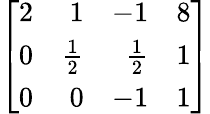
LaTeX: \left[{\begin{array}{rrrr}{2}&{1}&{-1}&{8}\\ {0}&{{\frac{1}{2}}}&{{\frac{1}{2}}}&{1}\\ {0}&{0}&{-1}&{1}\end{array}}\right]